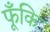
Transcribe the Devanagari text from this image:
फूँकि